Bombay plague: being a history of the progress of plague in the Bombay presidency from September 1896 to June 1899
Year: 1896
Disease focus: Plague
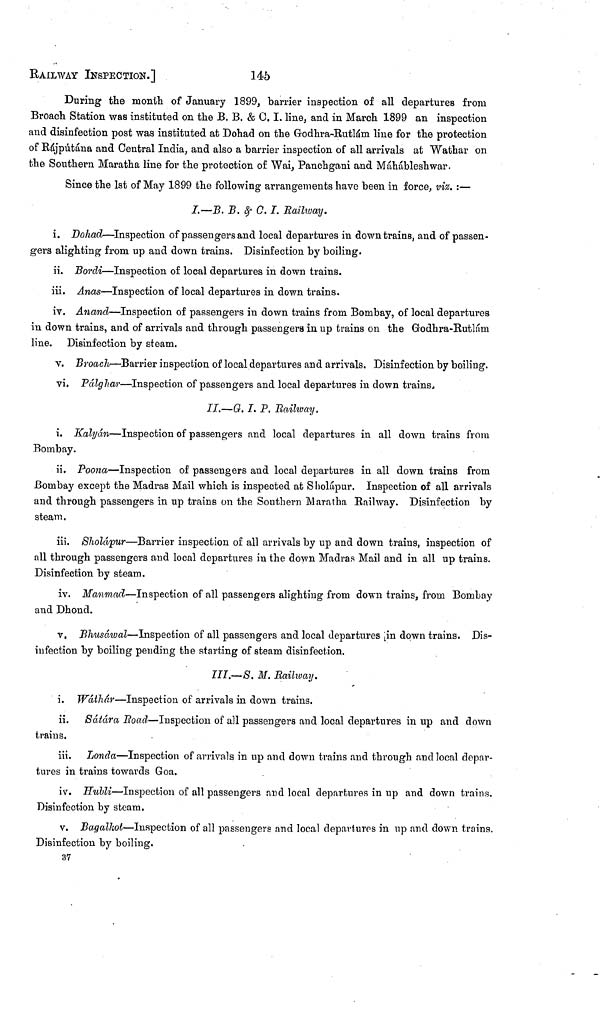
RAILWAY INSPECTION.]
345
During the month of January 1899, barrier inspection of all departures from
Broach Station was instituted on the B. B. & C. I. line, and in March 1899 an inspection
and disinfection post was instituted at Dohad on the Godhra-Rutlám line for the protection
of Rájputána and Central India, and also a barrier inspection of all arrivals at Wathar on
the Southern Maratha line for the protection of Wai, Panchgani and Máhábleshwar.
Since the 1st of May 1899 the following arrangements have been in force, viz. :—
I.—B. B. & C. I. Railway.
i. Dohad—Inspection of passengers and local departures in down trains, and of passen-
gers alighting from up and down trains. Disinfection by boiling.
ii. Bordi—Inspection of local departures in down trains.
iii. Anas—Inspection of local departures in down trains.
iv. Anand—Inspection of passengers in down trains from Bombay, of local departures
in down trains, and of arrivals and through passengers in up trains on the Godhra-Rutlám
line. Disinfection by steam.
v. Broach—Barrier inspection of local departures and arrivals. Disinfection by boiling.
vi. Pálghar—Inspection of passengers and local departures in down trains.
II.—G. I. P. Railway.
i. Kalyán—Inspection of passengers and local departures in all down trains from
Bombay.
ii. Poona—Inspection of passengers and local departures in all down trains from
Bombay except the Madras Mail which is inspected at Sholápur. Inspection of all arrivals
and through passengers in up trains on the Southern Maratha Railway. Disinfection by
steam.
iii. Sholápur—Barrier inspection of all arrivals by up and down trains, inspection of
all through passengers and local departures in the down Madras Mail and in all up trains.
Disinfection by steam.
iv. Manmad—Inspection of all passengers alighting from down trains, from Bombay
and Dhond.
v. Bhusáwal—Inspection of all passengers and local departures in down trains. Dis-
infection by boiling pending the starting of steam disinfection.
III.—S. M. Railway.
i. Wáthár—Inspection of arrivals in down trains.
ii. Sátára Road—Inspection of all passengers and local departures in up and down
trains.
iii. Londa—Inspection of arrivals in up and down trains and through and local depar-
tures in trains towards Goa.
iv. Hubli—Inspection of all passengers and local departures in up and down trains.
Disinfection by steam.
v. Bagalkot—Inspection of all passengers and local departures in up and down trains.
Disinfection by boiling.
37